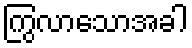
ကြွလာသောအခါ